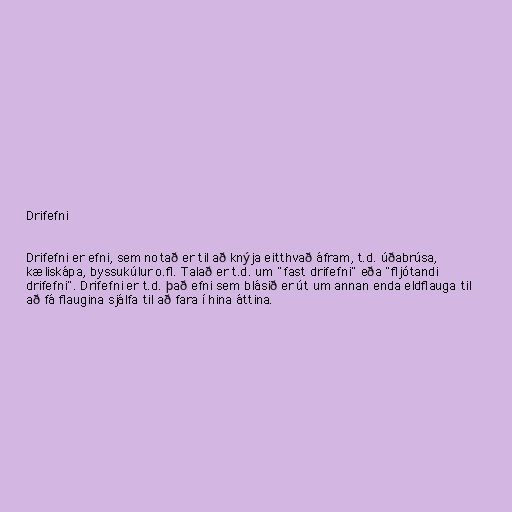
Drifefni

Drifefni er efni, sem notað er til að knýja eitthvað áfram, t.d. úðabrúsa,
kæliskápa, byssukúlur o.fl. Talað er t.d. um "fast drifefni" eða "fljótandi
drifefni". Drifefni er t.d. það efni sem blásið er út um annan enda eldflauga til
að fá flaugina sjálfa til að fara í hina áttina.